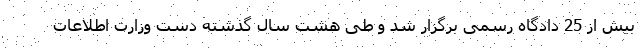
بیش از 25 دادگاه رسمی برگزار شد و طی هشت سال گذشته دست وزارت اطلاعات